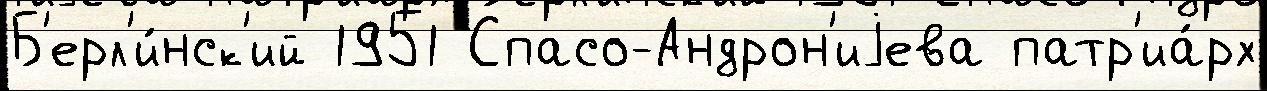
Б'ерл'и́нск'ий 1951 Спасо-Андрон'иjева патр'иа́рх